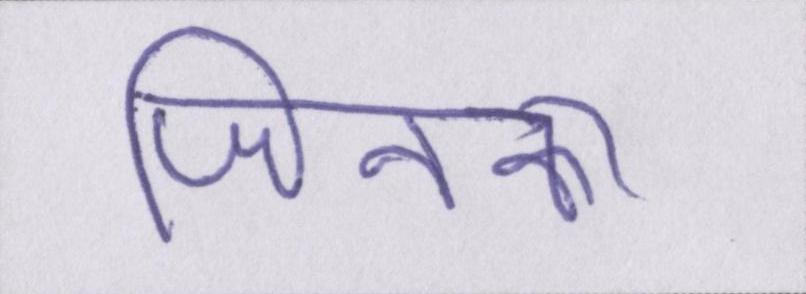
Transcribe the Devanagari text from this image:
जिनका